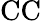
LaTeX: \mathrm{CC}